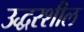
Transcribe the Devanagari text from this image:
उद्धरशील